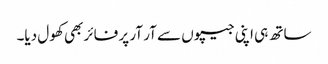
ساتھ ہی اپنی جیپوں سے آر آر پر فائر بھی کھول دیا۔